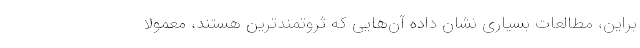
‌براین، مطالعات بسیاری نشان داده آن‌هایی که ثروتمندترین هستند، معمولاً